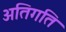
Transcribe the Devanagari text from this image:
अतिगति